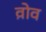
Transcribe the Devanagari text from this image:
व़ोव